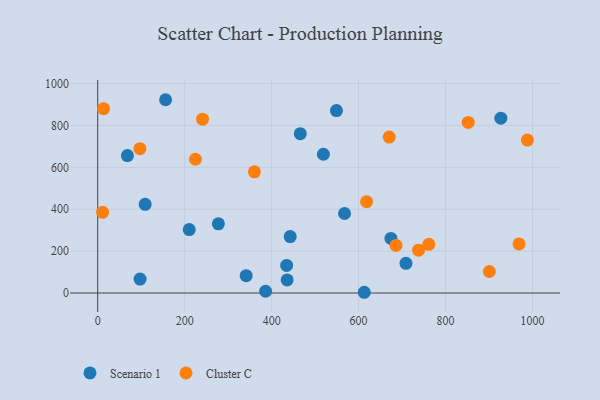
{"axis": {"x": "Speed", "y": "Profit"}, "legend": ["Cluster C", "Scenario 1"], "data": [{"x": "708.9", "y": 141.8, "type": "Scenario 1"}, {"x": "465.9", "y": 760.6, "type": "Scenario 1"}, {"x": "613.0", "y": 3.6, "type": "Scenario 1"}, {"x": "386.1", "y": 8.4, "type": "Scenario 1"}, {"x": "210.5", "y": 302.8, "type": "Scenario 1"}, {"x": "341.4", "y": 82.8, "type": "Scenario 1"}, {"x": "434.5", "y": 131.9, "type": "Scenario 1"}, {"x": "68.3", "y": 655.9, "type": "Scenario 1"}, {"x": "442.7", "y": 269.5, "type": "Scenario 1"}, {"x": "277.5", "y": 330.5, "type": "Scenario 1"}, {"x": "97.4", "y": 66.8, "type": "Scenario 1"}, {"x": "109.1", "y": 423.4, "type": "Scenario 1"}, {"x": "435.6", "y": 62.4, "type": "Scenario 1"}, {"x": "519.0", "y": 662.3, "type": "Scenario 1"}, {"x": "674.3", "y": 260.8, "type": "Scenario 1"}, {"x": "567.6", "y": 379.5, "type": "Scenario 1"}, {"x": "156.1", "y": 922.6, "type": "Scenario 1"}, {"x": "549.1", "y": 871.0, "type": "Scenario 1"}, {"x": "927.1", "y": 834.7, "type": "Scenario 1"}, {"x": "670.4", "y": 744.5, "type": "Cluster C"}, {"x": "11.3", "y": 385.0, "type": "Cluster C"}, {"x": "900.6", "y": 102.7, "type": "Cluster C"}, {"x": "968.9", "y": 234.5, "type": "Cluster C"}, {"x": "241.1", "y": 829.6, "type": "Cluster C"}, {"x": "686.0", "y": 227.2, "type": "Cluster C"}, {"x": "852.1", "y": 814.2, "type": "Cluster C"}, {"x": "988.1", "y": 729.8, "type": "Cluster C"}, {"x": "224.7", "y": 638.5, "type": "Cluster C"}, {"x": "13.4", "y": 880.0, "type": "Cluster C"}, {"x": "97.1", "y": 689.2, "type": "Cluster C"}, {"x": "737.9", "y": 204.3, "type": "Cluster C"}, {"x": "360.4", "y": 578.4, "type": "Cluster C"}, {"x": "618.4", "y": 435.9, "type": "Cluster C"}, {"x": "761.5", "y": 232.6, "type": "Cluster C"}]}